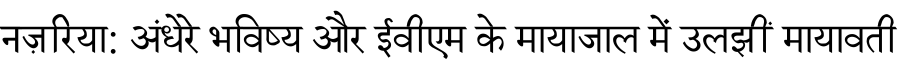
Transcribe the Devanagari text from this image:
नज़रिया: अंधेरे भविष्य और ईवीएम के मायाजाल में उलझीं मायावती